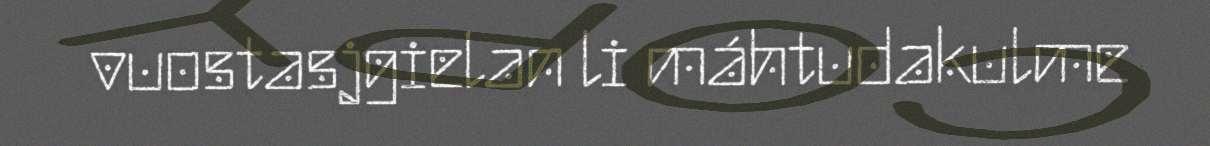
vuostasjgielan li máhtudakulme